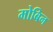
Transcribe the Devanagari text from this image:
मोबिन